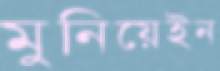
মুনিয়েইন